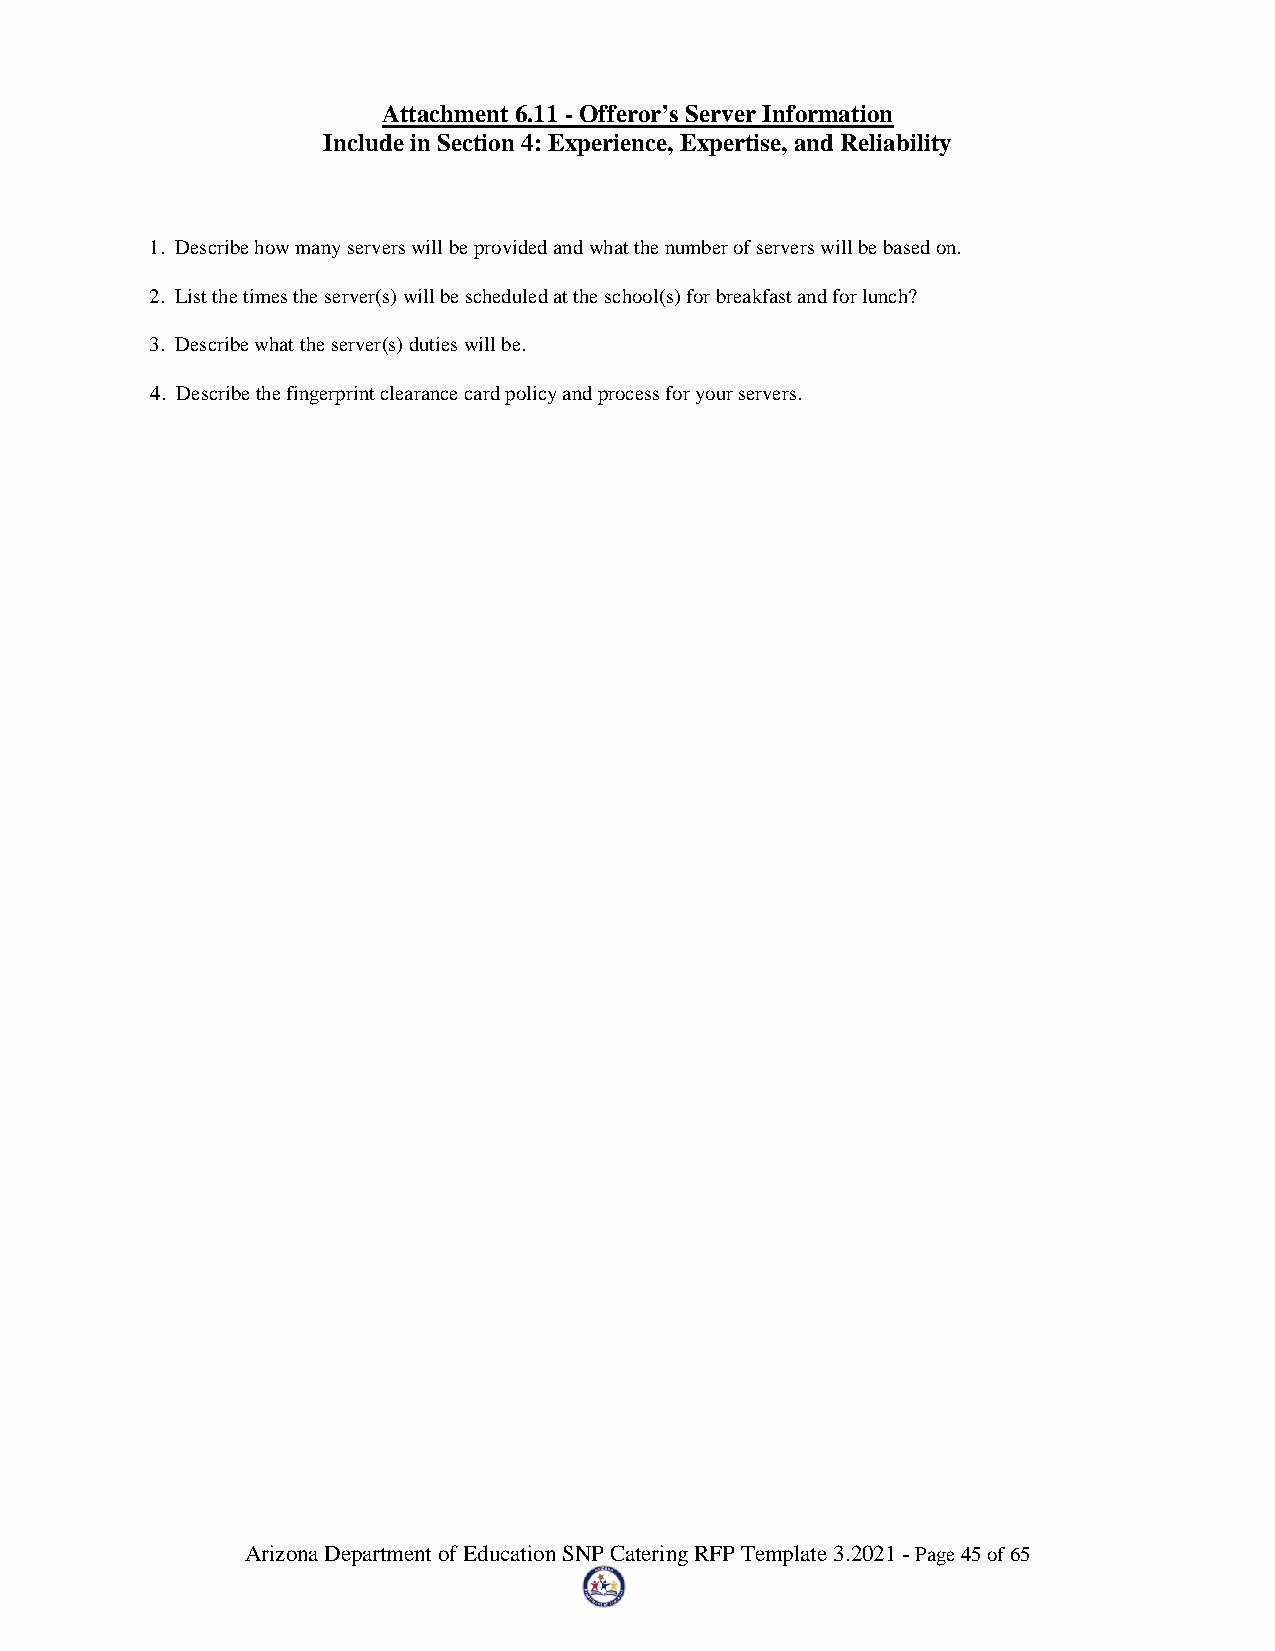
Attachment 6.11 - Offeror’s Server Information
 Include in Section 4: Experience, Expertise, and Reliability
 1. Describe how many servers will be provided and what the number of servers will be based on.
 2. List the times the server(s) will be scheduled at the school(s) for breakfast and for lunch?
 3. Describe what the server(s) duties will be.
 4. Describe the fingerprint clearance card policy and process for your servers.
 Arizona Department of Education SNP Catering RFP Template 3.2021 - Page 45 of 65